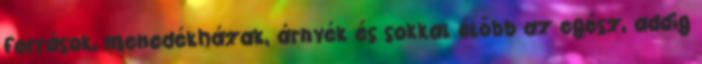
források, menedékházak, árnyék és sokkal élőbb az egész, addig